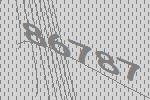
86787